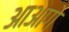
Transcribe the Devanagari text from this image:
आआगे